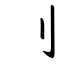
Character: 刂